Annual administration report of the Civil Veterinary Department of India - 1904-1905
Year: 1904
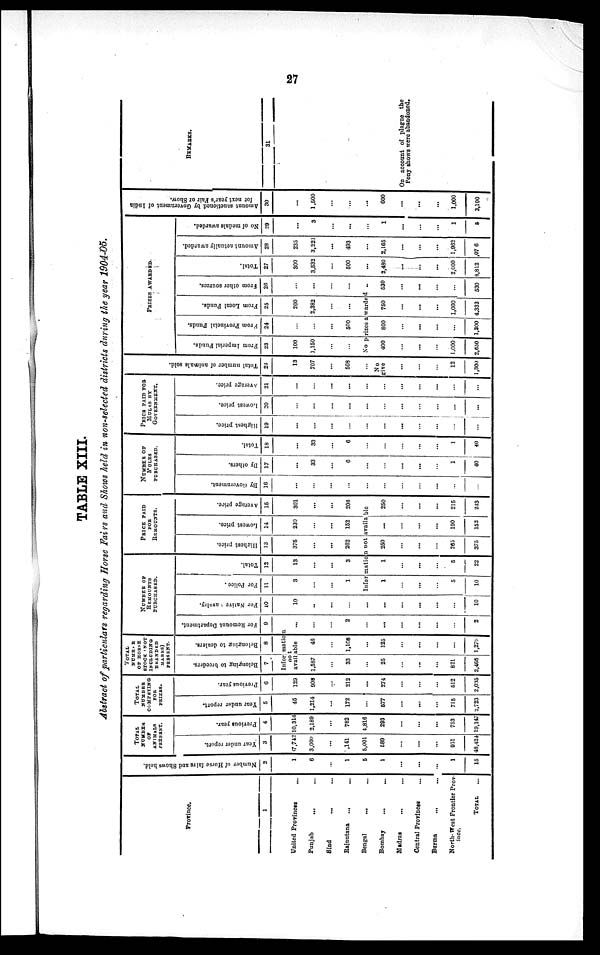
27
TABLE XIII.
Abstract of particulars regarding Horse Fairs and Shows held in non-selected districts during the year 1904-05.
Province.
1
United Provinces ...
Punjab ... ...
Sind ... ...
Rajputana
... ...
Bengal
...
...
Bombay ... ...
Madras ... ...
Central Provinces ...
Burma
... ...
North-West Frontier Prov-
ince.
TOTAL ...
Number of Horse fairs and Shows held.
2
1
6
...
1
5
1
...
...
...
1
15
TOTAL
NUMBER
OF
ANIMALS
PRESENT.
Year under report.
3
17,742
3,000
...
,141
5,001
589
...
...
...
951
48,424
Previous year.
4
10,314
2,189
...
782
4,816
293
...
...
...
753
19,147
TOTAL
NUMBER
COMPETING
FOR
PRIZES.
Year under report.
5
45
1,214
...
172
...
577
...
...
...
715
2,723
Previous year.
6
129
908
...
212
...
274
...
...
...
612
2,035
TOTAL
NUMBER
OF HORSE
STOCK (NOT
INCLUDING
BRANDED
MARES)
PRESENT.
Belonging to breeders.
7
Belonging to dealers.
8
Information
not
available
1,587
...
33
...
.25
...
...
...
821
2,466
46
...
1,108
...
125
...
...
...
...
1,279
NUMBER OF REMOUNTS PURCHASED.
For
Remount Department.
9
...
...
...
2
...
...
...
...
...
...
2
For Native Cavalry.
10
10
..
...
...
...
...
...
...
...
10
For Police .
11
3
...
...
1
Total.
12
13
...
...
3
PRICE PAID
FOR REMOUNTS.
Highest price.
13
375
...
...
262
Lowest price.
14
230
...
...
152
Average price.
15
301
...
...
206
Information not available
1
...
...
...
5
10
1
...
...
...
5
22
250
...
...
...
285
375
...
...
...
...
190
152
250
...
...
...
215
213
NUMBER OF
MULES
PURCHASED.
By Government.
16
...
...
...
...
...
...
...
...
...
...
...
By others.
17
...
33
...
6
...
...
...
...
...
1
40
Total.
18
...
33
...
6
...
...
...
...
...
1
40
PRICE PAID FOR
MULES BY
GOVERNMENT.
Highest price.
19
...
...
...
...
...
...
...
...
...
...
...
Lowest price.
20
...
...
...
...
...
...
...
...
...
...
...
Average price.
21
...
...
...
...
...
...
...
...
...
...
...
Total number of animals sold.
22
13
707
...
508
No
give
...
...
...
12
1,300
PRIZES AWARDED.
From Imperial Funds.
23
100
1,150
...
...
From Provincial Funds.
24
...
...
...
500
From Local Funds.
25
200
2,382
...
...
From other sources.
26
...
...
...
...
No prizes a warded ..
400
...
...
...
1,000
2,650
800
...
...
...
...
1,300
750
...
...
...
1,000
4,332
530
...
...
...
...
530
Total.
27
300
3,532
...
500
...
2,480
...
...
...
2,000
8,812
Amount actually awarded.
28
235
3,221
...
493
...
2,165
...
...
...
1,962
,07 6
No of medals awarded.
29
...
3
...
...
...
1
...
...
...
1
5
Amount sanctioned by Government of India
for next year's Fair or Show.
30
...
1,500
...
...
...
600
...
...
...
1,000
3,100
REMARKS.
31
On account of plague the
Pony shows were abandoned.